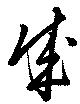
成